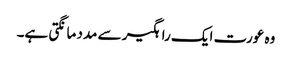
وہ عورت ایک راہگیر سے مدد مانگتی ہے۔